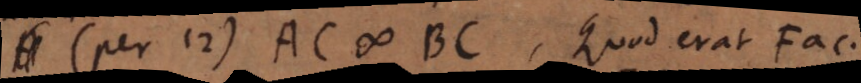
(per 12) AC # BC. Quod erat Fac.